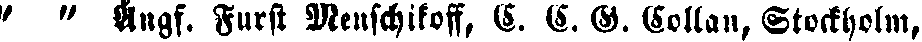
" " Angf. Furst Menschikoff, E. E. B. Gollan, Stockholm,